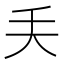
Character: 𠂕